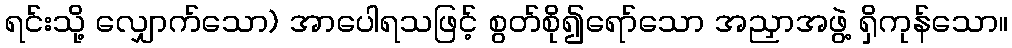
ရင်းသို့ လျှောက်သော) အာပေါရသဖြင့် စွတ်စို၍ရော်သော အညှာအဖွဲ့ ရှိကုန်သော။